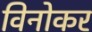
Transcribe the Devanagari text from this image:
विनोकर